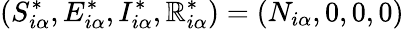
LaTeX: (S_{i\alpha}^{*},E_{i\alpha}^{*},I_{i\alpha}^{*},\mathbb{R}_{i\alpha}^{*})=(N_{i\alpha},0,0,0)